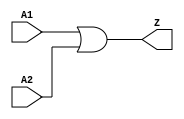
// ================================================================
// NVDLA Open Source Project
// 
// Copyright(c) 2016 - 2017 NVIDIA Corporation.  Licensed under the
// NVDLA Open Hardware License; Check "LICENSE" which comes with 
// this distribution for more information.
// ================================================================

`timescale 10ps/1ps
module  OR2D1 (
	 A1
	,A2
	,Z
	);

input	 A1 ;
input	 A2 ;
output	 Z ;

assign Z = A1 | A2;

endmodule